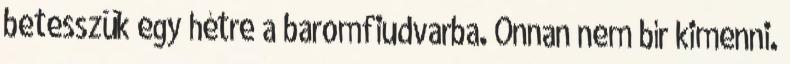
betesszük egy hétre a baromfiudvarba. Onnan nem bír kimenni.